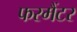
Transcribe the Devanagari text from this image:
फरमैंटर